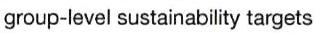
group-level sustainability targets